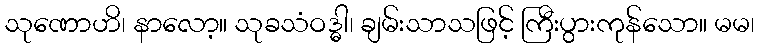
သုဏောဟိ၊ နာလော့။ သုခသံဝဒ္ဓါ၊ ချမ်းသာသဖြင့် ကြီးပွားကုန်သော။ မမ၊